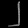
Digit: ၂